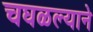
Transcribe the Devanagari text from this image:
चघळल्याने